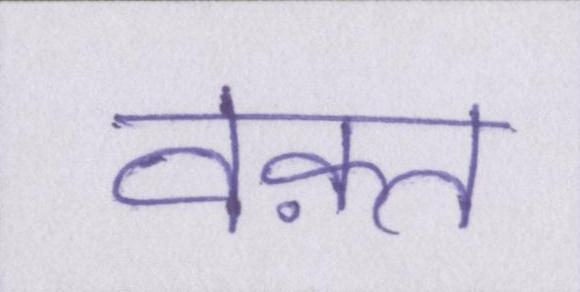
वक़्त